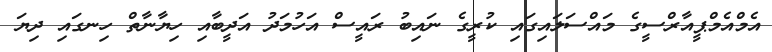
އެމްއެމްޕީއާރްސީގެ މައްސަލައިގައި ކުރީގެ ނައިބު ރައީސް އަހުމަދު އަދީބާއި ހިޔާނާތް ހިނގައި ދިޔަ